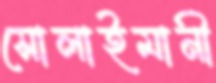
সোলাইমানী